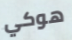
هوكي